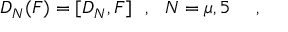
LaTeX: D _ { N } ( F ) = [ D _ { N } , F ] ~ ~ , ~ ~ N = \mu , 5 ~ ~ ~ ~ ,